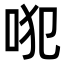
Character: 𠱍